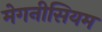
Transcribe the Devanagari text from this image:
मेगनीसियम